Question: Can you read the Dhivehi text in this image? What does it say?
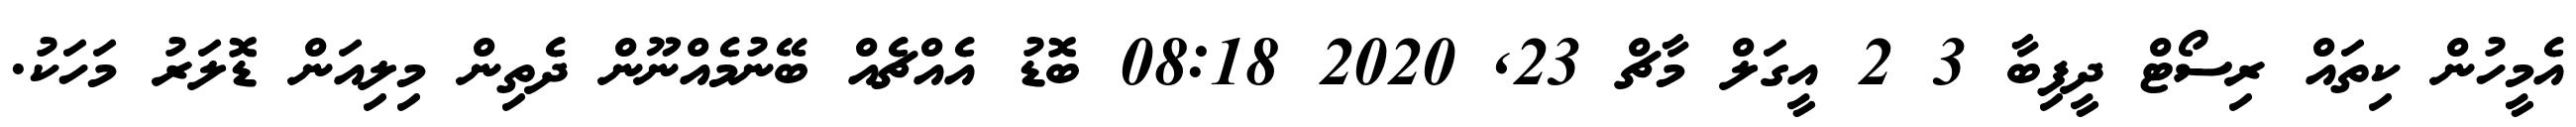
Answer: އެމީހުން ކިތައް ރިސޯޓް ދީފިބާ 3 2 އީގަލް މާޗް 23, 2020 08:18 ބޮޑު އެއްޗެއް ބޭނުމެއްނޫން ދެތިން މިލިއަން ޑޮލަރު މަހަކު.